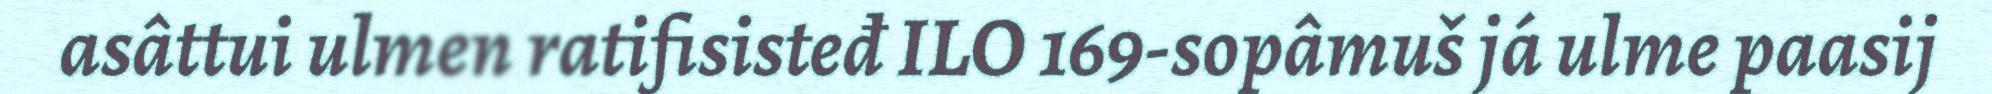
asâttui ulmen ratifisisteđ ILO 169-sopâmuš já ulme paasij